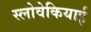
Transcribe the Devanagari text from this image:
स्लोवेकियाई